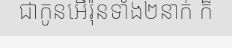
ជាកូនអើរ៉ុនទាំង២នាក់ ក៏